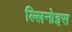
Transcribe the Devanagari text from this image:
ल्लिनोइस